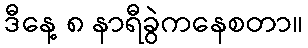
ဒီနေ့ ၈ နာရီခွဲကနေစတာ။